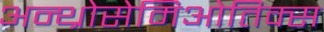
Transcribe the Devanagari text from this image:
अन्थ्रोसेमिओतिक्स